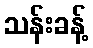
သန်းခန့်